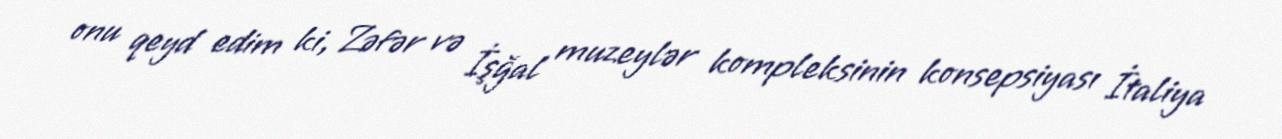
onu qeyd edim ki, Zəfər və İşğal muzeylər kompleksinin konsepsiyası İtaliya